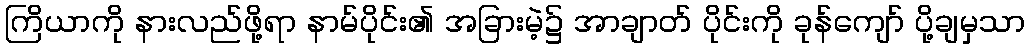
ကြိယာကို နားလည်ဖို့ရာ နာမ်ပိုင်း၏ အခြားမဲ့၌ အာချာတ် ပိုင်းကို ခုန်ကျော် ပို့ချမှသာ